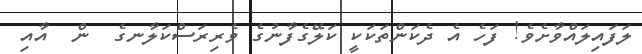
ލަފައިލައްވާށެވެ! ފަހެ އެ ދެކަންތަކަކީ ކަލޭގެފާނުގެ ވެރިރަސްކަލާނގެ  ން  އާއި